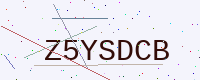
Text: Z5YSDCB